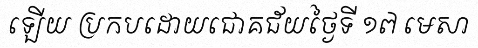
ឡើយ ប្រកបដោយជោគជ័យថ្ងៃទី ១៧ មេសា